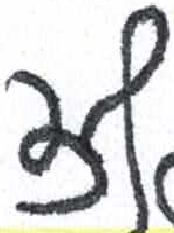
אות: צ